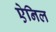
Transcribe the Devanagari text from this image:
ऐनिल